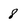
Character: 8